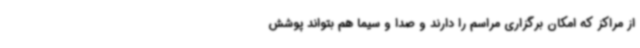
از مراکز که امکان برگزاری مراسم را دارند و صدا و سیما هم بتواند پوشش